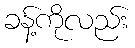
ခန့်ကိုလည်း